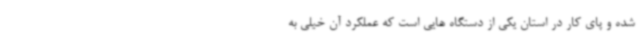
شده و پای کار در استان یکی از دستگاه هایی است که عملکرد آن خیلی به